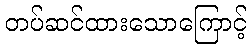
တပ်ဆင်ထားသောကြောင့်